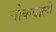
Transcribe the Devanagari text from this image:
नोकवाली